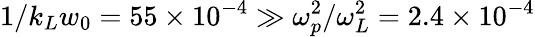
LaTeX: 1/k_{L}w_{0}=55\times 10^{-4}\gg\omega_{p}^{2}/\omega_{L}^{2}=2.4\times 10^{-4}